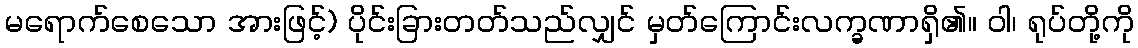
မရောက်စေသော အားဖြင့်) ပိုင်းခြားတတ်သည်လျှင် မှတ်ကြောင်းလက္ခဏာရှိ၏။ ဝါ၊ ရုပ်တို့ကို